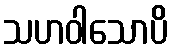
သဟဝါသောပိ